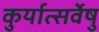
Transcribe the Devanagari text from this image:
कुर्यात्सर्वेषु